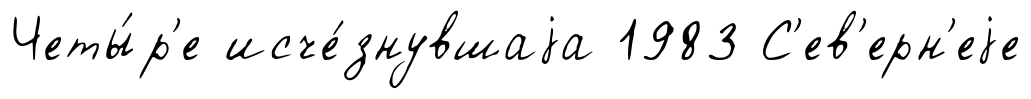
Четы́р'е исче́знувшаjа 1983 С'ев'ерн'еjе